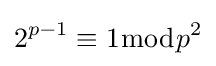
2^{p-1}\equiv 1{\bmod {p^{2}}}